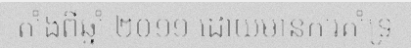
តាំងពីឆ្នាំ ២០១១ ដោយមានការគាំទ្រ